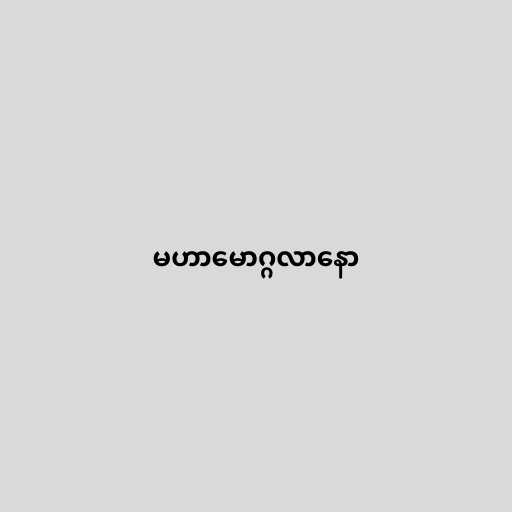
မဟာမောဂ္ဂလာနော